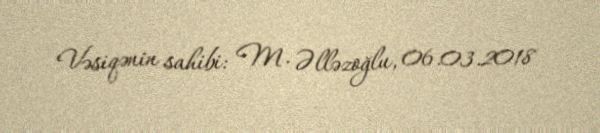
Vəsiqənin sahibi: M. Əlləzoğlu, 06.03.2018